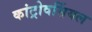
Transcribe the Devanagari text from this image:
कांट्रोवर्सियल